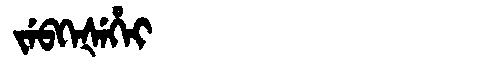
Manchu: ᠵᡝᠪᡴᡝᡧᡝᡥᡝᡳ
Romanization: JEBKEŠEHEI